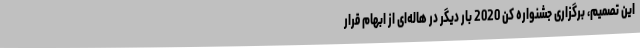
این تصمیم، برگزاری جشنواره کن 2020 بار دیگر در هاله‌ای از ابهام قرار